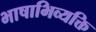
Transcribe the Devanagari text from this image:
भाषाभिव्यक्ति